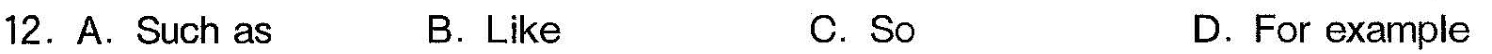
12.A.Such as B.Like C.So D.For example